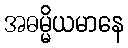
အဓမ္မိယမာနေ